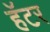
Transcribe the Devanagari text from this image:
हॅटर